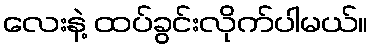
လေးနဲ့ ထပ်ခွင်းလိုက်ပါမယ်။